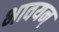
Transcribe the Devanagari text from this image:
भावयन्